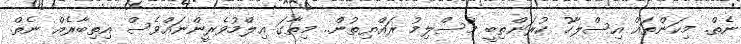
ނެތް. މިކަންތައް އިސްލާހު ކުރަންތިބީ މުސްލިމު ރައްޔިތުން.. މިތާގަ އިލްމުވެރީންނައްވެސް އިތިބާރެއް ނެތް.